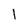
Character: l